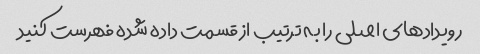
رویدادهای اصلی را به ترتیب از قسمت داده شده فهرست کنید